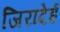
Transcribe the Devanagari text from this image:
जिरादेई